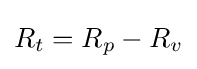
R_{t}=R_{p}-R_{v}